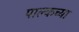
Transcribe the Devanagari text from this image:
पाल्कच्या